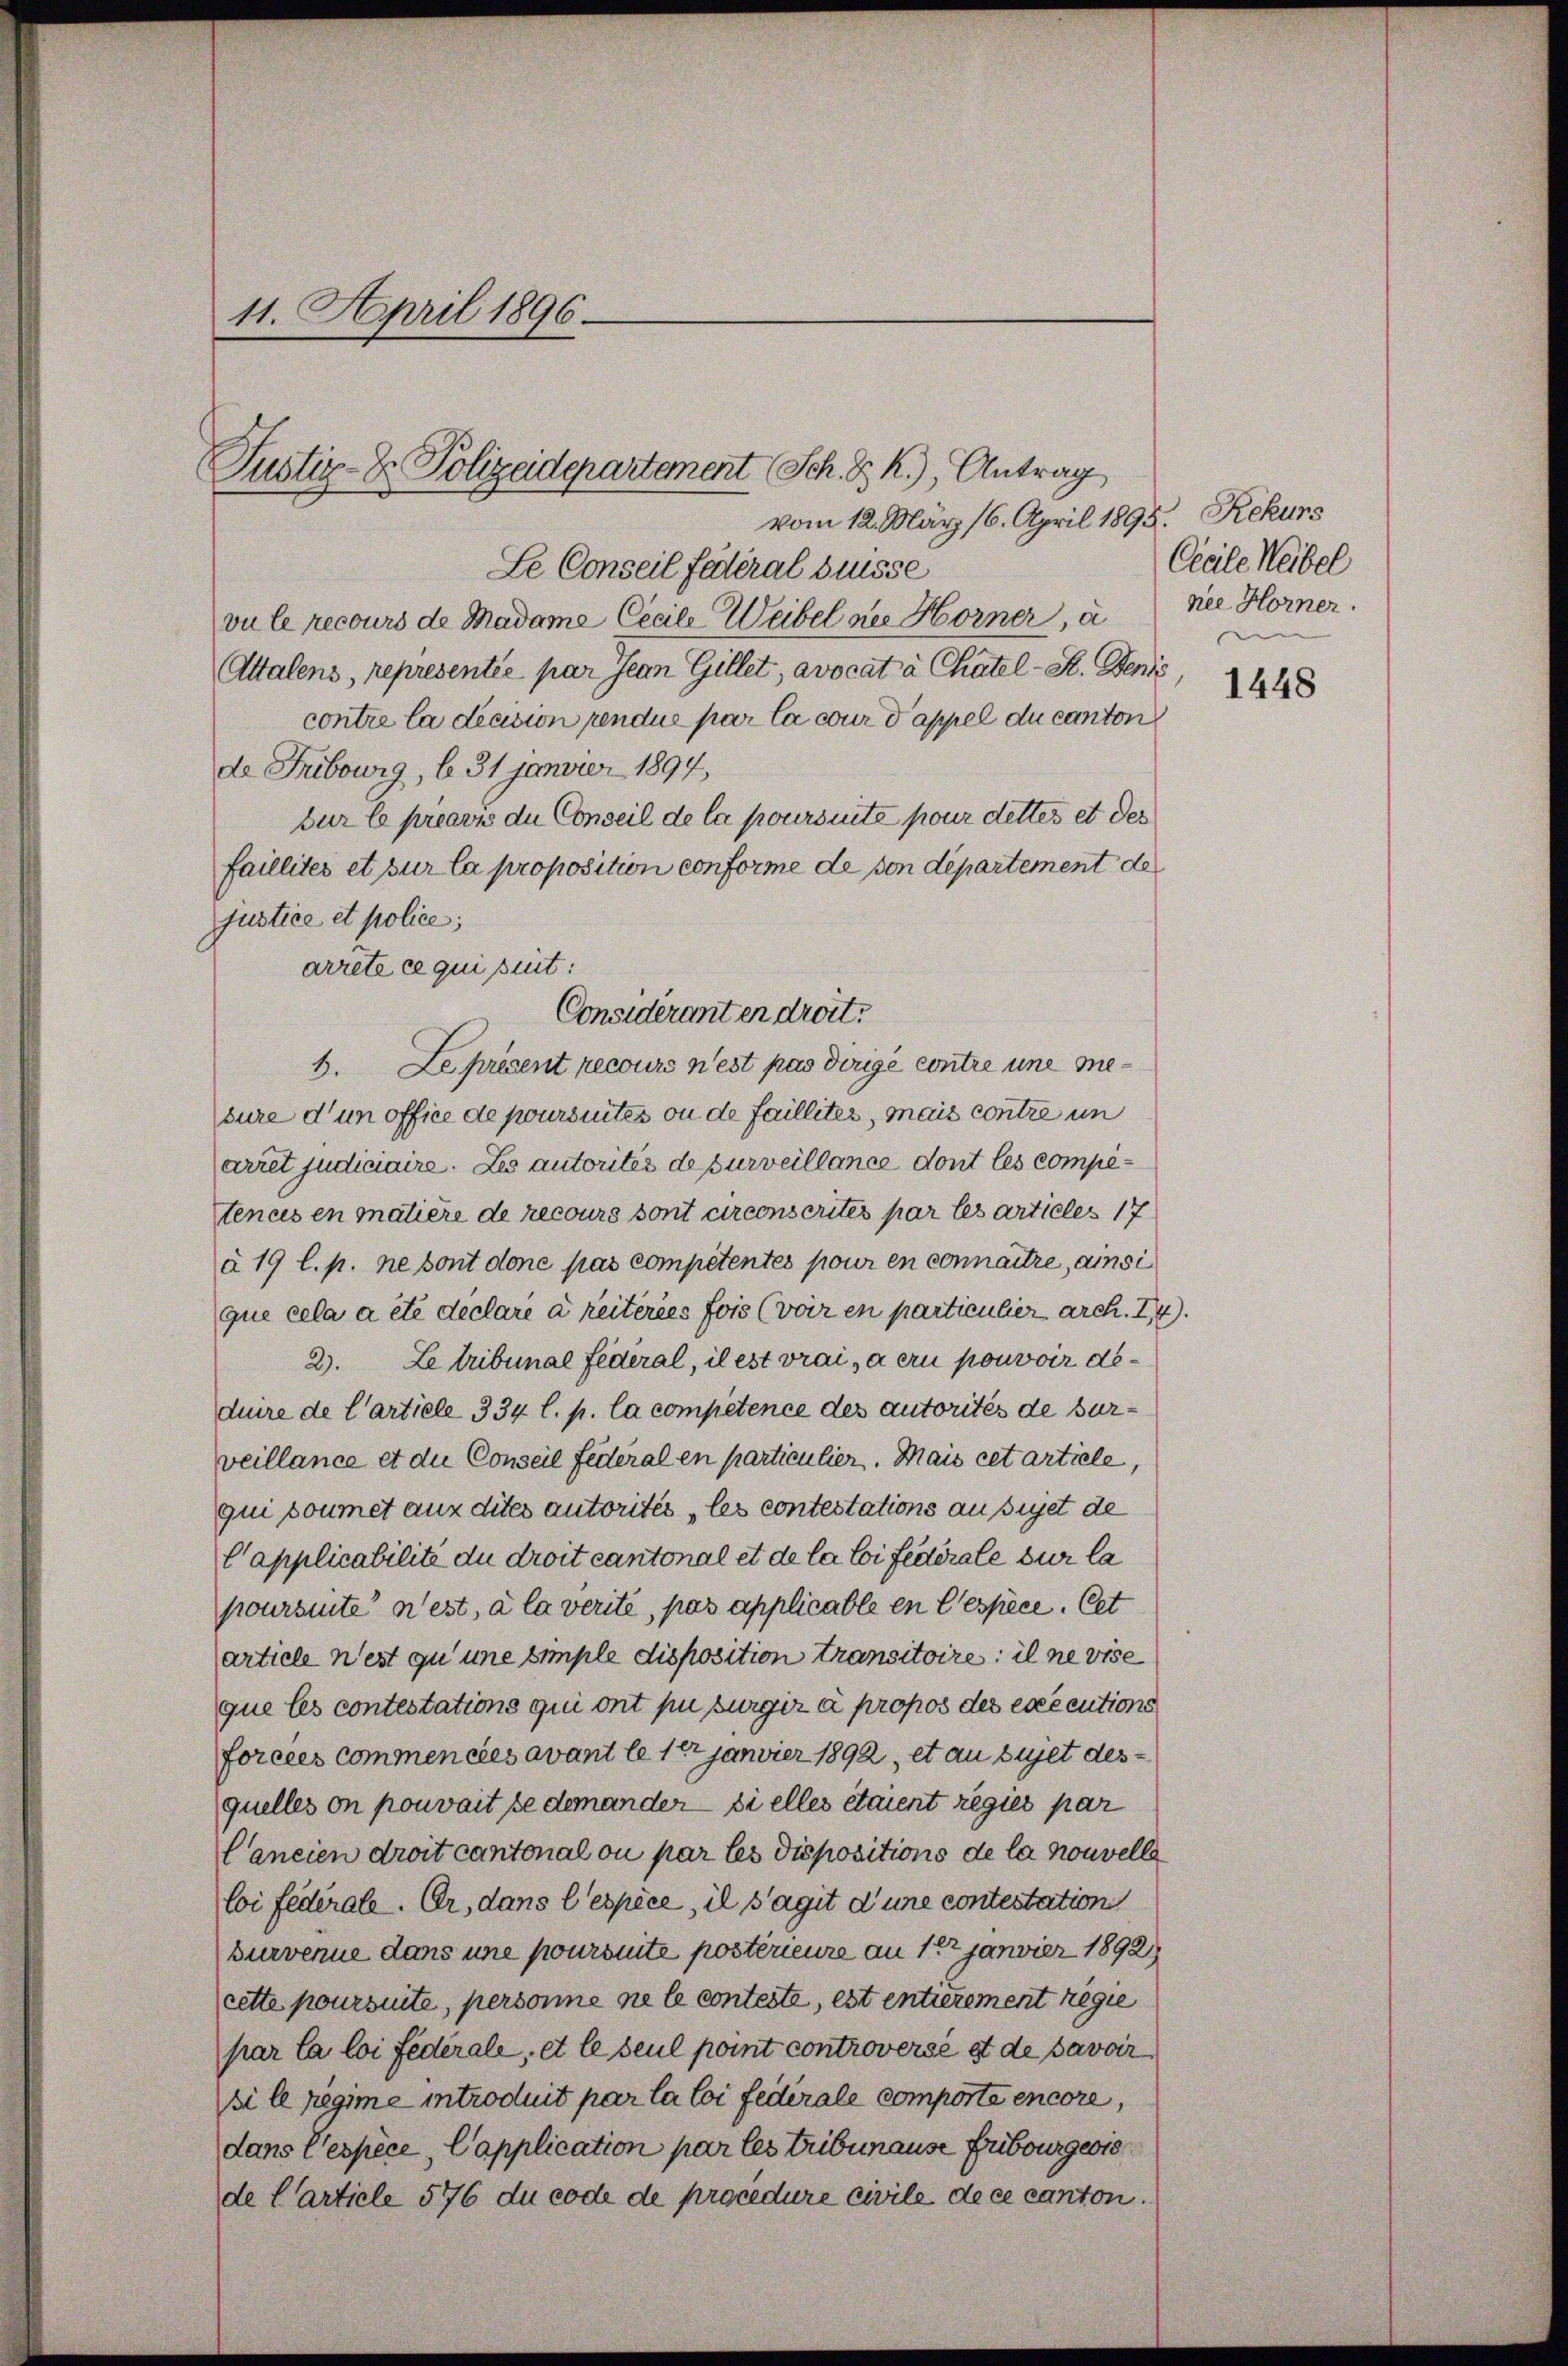
11. April 1896.

vom 12. März 16. April 1895. Rekurs
Le Conseil fédéral diesse
vu le recours de Madame Cecile Weibel des Horner, a
Attalens, representie par Jean Gillet, avocat à Chatel - St. Jenis
contre la decision pendue par la cour d’appel du canton
de Trubowig, b. 31 janvier 1894,
sur le préavis du Conseil de la poursinte pour dettes et der
faillités et pur la proposition conforme de von departement de
justice et police;
arrête ce qui seut:
1. Le présent recours n’est pas dirige contre une mesure d’un office de poursuites ou de faillites, mais contre un
arret judiciaire. Les autorités de purveillance dont les competences en matière de recours sont circonscrites par les articles 17
à 19 l. p. ne sont done pas competentes pour en connaitre, ainsi
que cela a été declare à reiteries fois (voir en particulier arch. 14.
2. Le tribunale Federal, il est vrai, à en pouvoir deduire de l’artiele 334 l. p. la competence des autorités de surveillance et die Conseil Federal en particulier. Mais cet artiele,
qui soumet aux dites autorités les contestations aussiget de
Capplicabilité du droit cantonal et de la loi fédérale sur la
poursite nest, à la verite, pas applicable en Cespèce. Cet
article n’est qu’une simple disposition transitoire; il ne vise
que les contestations qui ont pu burgir à propos des executione
forcées commencées avant le 12 Janvier 1892, et au sujet des
quelles on pouvait se demander si elles étaient regier par
Cancien droit cantonal ou par les dispositions de la nouvelle
Coi fédérale. Er, dans l’espèce, il s’agit d’une contestation
burvenue dans une poursuite postérieure an 1 Janvier 1892
cette poursuite, personne ne le conteste, est entierement regie
par la loi Federale, et le seul point controversé et de savoir
si le regime introduit par la loi fédérale comporte encore,
dans Tespèce, Capplication par les Tribunause Fribourgeris
de Carticle 5776 du code de procedure civile de ce canton.

Justiz- & Polizeidepartement Sch. D. R.), Antrag

Considerant er droit.

Ceeile Weibel
nee Horner.

1448